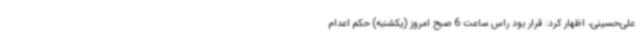
علی‌حسینی، اظهار کرد: قرار بود راس ساعت 6 صبح امروز (یکشنبه) حکم اعدام